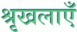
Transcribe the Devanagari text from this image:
श्रृखलाएँ